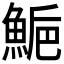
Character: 𩷴